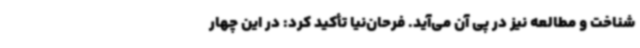
شناخت و مطالعه نیز در پی آن می‌آید. فرحان‌نیا تأکید کرد: در این چهار